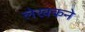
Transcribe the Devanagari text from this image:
लेखकने